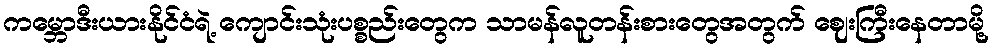
ကမ္ဘောဒီးယားနိုင်ငံရဲ့ ကျောင်းသုံးပစ္စည်းတွေက သာမန်လူတန်းစားတွေအတွက် ဈေးကြီးနေတာမို့